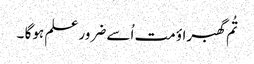
تُم گھبراؤ مت اُسے ضرور علم ہوگا ۔